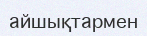
айшықтармен